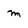
Character: m